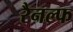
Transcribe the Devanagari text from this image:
रैनल्फ